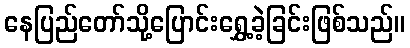
နေပြည်တော်သို့ပြောင်းရွှေ့ခဲ့ခြင်းဖြစ်သည်။